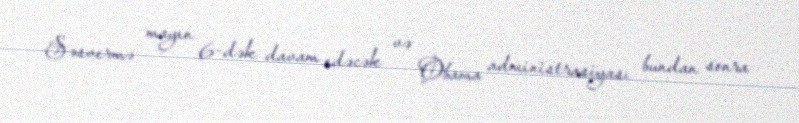
Səsvermə mayın 6-dək davam edəcək və Obama administrasiyası bundan sonra